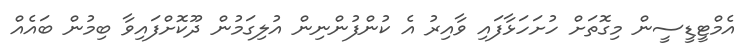
އެމްޓީޑީސީން މިގޮތަށް ހުށަހަޅާފައި ވާއިރު އެ ކުންފުންނިން އުލިގަމުން ދޫކޮށްފައިވާ ބިމުން ބައެއް